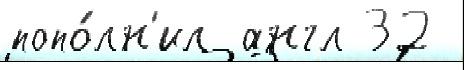
попо́лн'ил англ 32